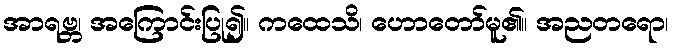
အာရဗ္ဘ၊ အကြောင်းပြု၍။ ကထေသိ၊ ဟောတော်မူ၏။ အညတရော၊